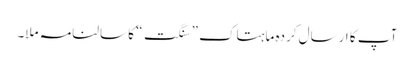
آپ کا ارسال کردہ ماہتاک ” سنگت“ کا سالنامہ ملا۔